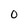
Character: O